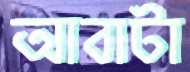
আবাটা